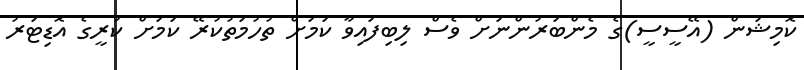
ކޮމިޝަން (އޭސީސީ)ގެ މެންބަރުންނަށް ވެސް ލިބިފައިވާ ކަމަށް ތުހުމަތުކުރޭ ކަމަށް ކުރީގެ އޮޑިޓަރު